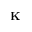
\mathbf { K }